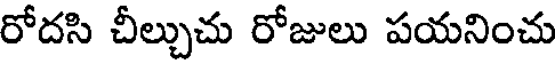
రోదసి చీల్చుచు రోజులు పయనించు